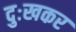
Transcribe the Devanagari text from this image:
दुःखकर